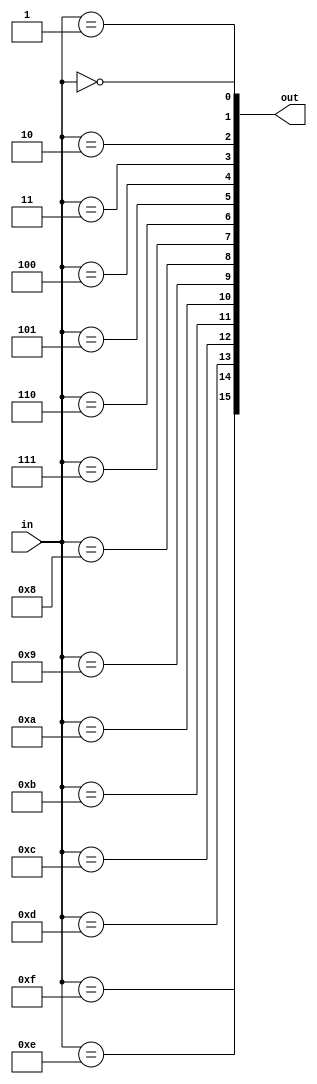
/* 
 * ALU_v1.1 using a better coding style
 * having set overflow for exception
 * having expanded op from 3-bit to 4-bit 
 * having added nor operation
 * having changed the relazition of sltu
 * updated by Chen Leying on Oct.12th, 2017
 */

module decoder_4_16(
    input  [ 3:0] in,
    output [15:0] out
);
    assign out[0]  = (in == 4'd0);
    assign out[1]  = (in == 4'd1);
    assign out[2]  = (in == 4'd2);
    assign out[3]  = (in == 4'd3);
    assign out[4]  = (in == 4'd4);
    assign out[5]  = (in == 4'd5);
    assign out[6]  = (in == 4'd6);
    assign out[7]  = (in == 4'd7);
    assign out[8]  = (in == 4'd8);
    assign out[9]  = (in == 4'd9);
    assign out[10] = (in == 4'd10);
    assign out[11] = (in == 4'd11);
    assign out[12] = (in == 4'd12);
    assign out[13] = (in == 4'd13);
    assign out[14] = (in == 4'd14);
    assign out[15] = (in == 4'd15);
endmodule

module alu(
	input [31:0] A,
	input [31:0] B,
	input [ 3:0] ALUop,
	input [ 4:0] sa,     //input for SLL
    input        imm,

	output Zero,
    output Overflow,     //only available under signed-operation
	output [31:0] Result
);
	wire [15:0] alu_ctrl;
	decoder_4_16 sign_de(.in(ALUop),.out(alu_ctrl));//decode aluop first
   
    wire alu_add;
    wire alu_sub;
    wire alu_slt;
    wire alu_sltu;
    wire alu_and;
    wire alu_or;
    wire alu_sll;
    wire alu_lui;
    /******ADDED*******/
    wire alu_nor;
    wire alu_xor;
    wire alu_srl;
    wire alu_sra;

    assign alu_and  = alu_ctrl[0];
    assign alu_or   = alu_ctrl[1];
    assign alu_add  = alu_ctrl[2];
    assign alu_sll  = alu_ctrl[3];
    assign alu_sltu = alu_ctrl[4];
    assign alu_lui  = alu_ctrl[5];
    assign alu_sub  = alu_ctrl[6];
    assign alu_slt  = alu_ctrl[7];
    /*******ADDED********/
    assign alu_nor  = alu_ctrl[8];
    assign alu_xor  = alu_ctrl[9];
    assign alu_srl  = alu_ctrl[10];
    assign alu_sra  = alu_ctrl[11];

    wire [31:0] and_result;
    wire [31:0] or_result;
    wire [31:0] add_sub_result;
    wire [31:0] sll_result;
    wire [31:0] sltu_result;
    wire [31:0] lui_result;
    wire [31:0] slt_result;
    /******ADDED********/
    wire [31:0] nor_result;
    wire [31:0] xor_result;
    wire [31:0] sr_result;
    wire [63:0] sr64_result;

    assign and_result = A & B;
    assign or_result  = A | B;
    assign nor_result = ~or_result;
    assign xor_result = A ^ B;
    assign lui_result = {B[15:0], 16'b0};

    /*assign result for */
    wire [31:0] adder_a;
    wire [31:0] adder_b;
    wire        adder_cin;
    wire [31:0] adder_result;
    wire        adder_cout;
    wire        is_sub;
    wire        add_or_sub;
    wire        oftemp;

    assign is_sub = alu_sub | alu_slt | alu_sltu;
    assign add_or_sub = is_sub | alu_add;
    assign adder_a = A;
    assign adder_b = B ^ {32{is_sub}};
    assign adder_cin = is_sub;
    assign {adder_cout, adder_result} = adder_a + adder_b + adder_cin;
    assign oftemp = adder_cout ^ adder_result[31];
    assign add_sub_result = adder_result;

    assign slt_result[31:1] = 31'd0;
    assign slt_result[0]    = (A[31] & ~B[31]) | (~(A[31] ^ B[31]) & adder_result[31]);

    assign sltu_result[31:1] = 31'd0;
    assign sltu_result[0]    = ~adder_cout;

    wire [4:0] s;
    assign s = (imm)? sa : A[4:0];

    assign sll_result = B << s;
    //assign srl_result = B >> s;
    assign sr64_result = {{32{alu_sra & B[31]}}, B[31:0]} >> s;
    assign sr_result = sr64_result[31:0];

    assign Zero = (Result == 0) ? 1 : 0;
    assign Overflow = (add_or_sub)? oftemp : 0;    //not avaliable when it is not add or sub

    assign Result =   ({32{alu_add|alu_sub}} & add_sub_result)
    				| ({32{alu_and}}         & and_result)
    				| ({32{alu_or}}          & or_result )
    				| ({32{alu_slt}}         & slt_result)
    				| ({32{alu_sltu}}        & sltu_result)
    				| ({32{alu_sll}}         & sll_result)
    				| ({32{alu_lui}}         & lui_result)
                    | ({32{alu_nor}}         & nor_result)
                    | ({32{alu_xor}}         & xor_result)
                    | ({32{alu_srl|alu_sra}} & sr_result);
                    //| ({32{alu_sra}}  & sra_result);
endmodule